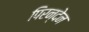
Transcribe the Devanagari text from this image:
पिरन्देन